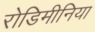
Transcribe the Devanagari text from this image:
रोडिमीनिया